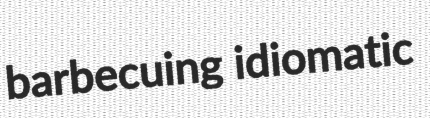
barbecuing idiomatic